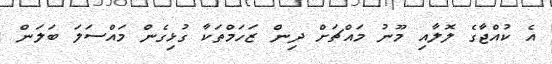
އެ ކުއްޖާގެ ލޮލާއި މޫނު މައްޗަށް ދިން ޒަހަމްތަކާ ގުޅިގެން މައްސަލަ ބަލަން